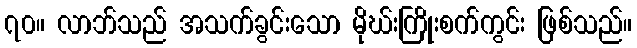
၇၀။ လာဘ်သည် အသက်ခွင်းသော မိုဃ်းကြိုးစက်ကွင်း ဖြစ်သည်။